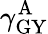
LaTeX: \gamma_{\mathrm{GY}}^{\mathrm{A}}